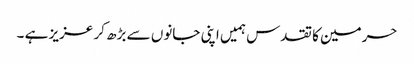
حرمین کا تقدس ہمیں اپنی جانوں سے بڑھ کر عزیز ہے ۔